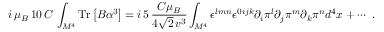
i \, \mu _ { B } \, 1 0 \, C \, \int _ { M ^ { 4 } } \mathrm { T r } \left[ B \alpha ^ { 3 } \right] = i \, 5 \, \frac { C \mu _ { B } } { 4 \sqrt { 2 } \, v ^ { 3 } } \int _ { M ^ { 4 } } \epsilon ^ { l m n } \epsilon ^ { 0 i j k } \partial _ { i } \pi ^ { l } \partial _ { j } \pi ^ { m } \partial _ { k } \pi ^ { n } d ^ { 4 } x + \cdots \ .